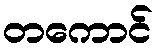
တကောင်